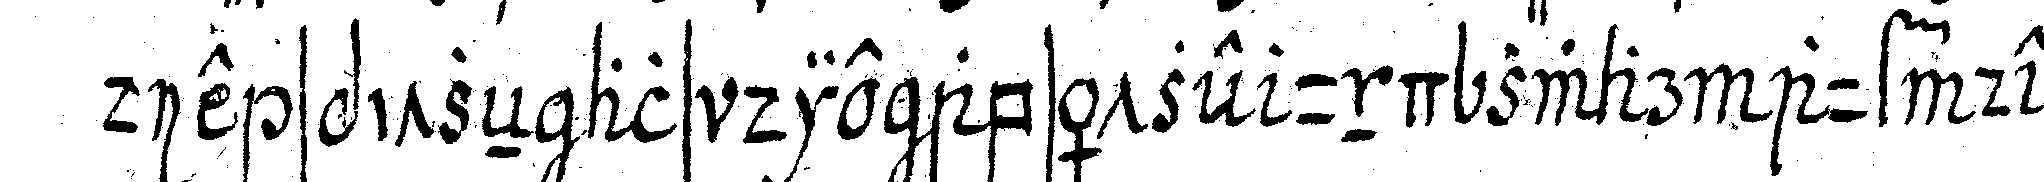
die spitzeN als die absätzeN und zwar auf der